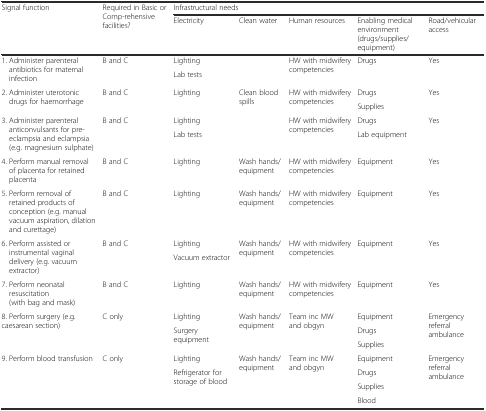
| <ROWSPAN=2> Signal function | <ROWSPAN=2> Required in Basic or Comp-rehensive facilities? | <COLSPAN=5> Infrastructural needs |
 | Electricity | Clean water | Human resources | Enabling medical environment (drugs/supplies/equipment) | Road/vehicular access |
 | --- | --- | --- | --- | --- | --- | --- |
 | <ROWSPAN=2> 1. Administer parenteral antibiotics for maternal infection | <ROWSPAN=2> B and C | Lighting | <ROWSPAN=2>  | <ROWSPAN=2> HW with midwifery competencies | <ROWSPAN=2> Drugs | <ROWSPAN=2> Yes |
 | Lab tests |
 | <ROWSPAN=2> 2. Administer uterotonic drugs for haemorrhage | <ROWSPAN=2> B and C | <ROWSPAN=2> Lighting | <ROWSPAN=2> Clean blood spills | <ROWSPAN=2> HW with midwifery competencies | Drugs | <ROWSPAN=2> Yes |
 | Supplies |
 | <ROWSPAN=2> 3. Administer parenteral anticonvulsants for pre-eclampsia and eclampsia (e.g. magnesium sulphate) | <ROWSPAN=2> B and C | Lighting | <ROWSPAN=2>  | <ROWSPAN=2> HW with midwifery competencies | Drugs | <ROWSPAN=2> Yes |
 | Lab tests | Lab equipment |
 | 4. Perform manual removal of placenta for retained placenta | B and C | Lighting | Wash hands/equipment | HW with midwifery competencies | Equipment | Yes |
 | 5. Perform removal of retained products of conception (e.g. manual vacuum aspiration, dilation and curettage) | B and C | Lighting | Wash hands/equipment | HW with midwifery competencies | Equipment | Yes |
 | <ROWSPAN=2> 6. Perform assisted or instrumental vaginal delivery (e.g. vacuum extractor) | <ROWSPAN=2> B and C | Lighting | <ROWSPAN=2> Wash hands/equipment | <ROWSPAN=2> HW with midwifery competencies | <ROWSPAN=2> Equipment | <ROWSPAN=2> Yes |
 | Vacuum extractor |
 | 7. Perform neonatal resuscitation (with bag and mask) | B and C | Lighting | Wash hands/equipment | HW with midwifery competencies | Equipment | Yes |
 | <ROWSPAN=3> 8. Perform surgery (e.g. caesarean section) | <ROWSPAN=3> C only | Lighting | <ROWSPAN=3> Wash hands/equipment | <ROWSPAN=3> Team inc MW and obgyn | Equipment | <ROWSPAN=3> Emergency referral ambulance |
 | <ROWSPAN=2> Surgery equipment | Drugs |
 | Supplies |
 | <ROWSPAN=4> 9. Perform blood transfusion | <ROWSPAN=4> C only | Lighting | <ROWSPAN=4> Wash hands/equipment | <ROWSPAN=4> Team inc MW and obgyn | Equipment | <ROWSPAN=4> Emergency referral ambulance |
 | <ROWSPAN=3> Refrigerator for storage of blood | Drugs |
 | Supplies |
 | Blood |